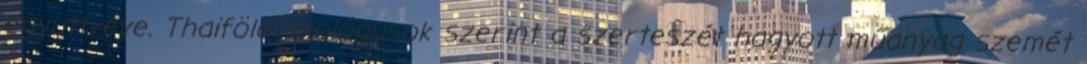
együttvéve. Thaiföldi biológusok szerint a szerteszét hagyott műanyag szemét